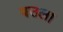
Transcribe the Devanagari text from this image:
बउला